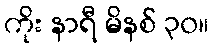
ကိုး နာရီ မိနစ် ၃၀။